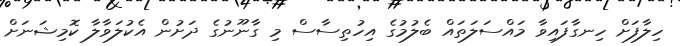
ހިލާފަށް ހިނގާފައިވާ މައްސަލަތައް ބެލުމުގެ އިހުތިސާސް މި ގާނޫނުގެ ދަށުން އެކުލަވާލާ ކޮމިޝަނަށް